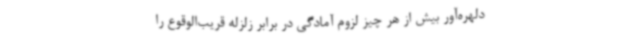
دلهره‌آور بیش از هر چیز لزوم آمادگی در برابر زلزله قریب‌الوقوع را